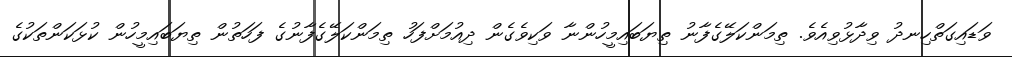
ވަޑައިގަތްހިނދު ވިދާޅުވިއެވެ. ތިމަންކަލޭގެފާނު ތިޔަބައިމީހުންނާ ވަކިވެގެން ދިއުމަށްފަހު ތިމަންކަލޭގެފާނުގެ ފަހަތުން ތިޔަބައިމީހުން ކުޅަކަންތަކުގެ